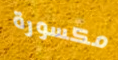
مكسورة